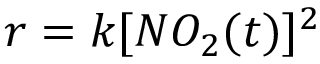
r = k [ N O _ { 2 } ( t ) ] ^ { 2 }